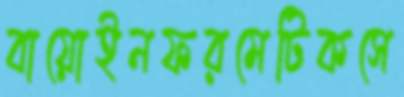
বায়োইনফরমেটিকসে